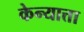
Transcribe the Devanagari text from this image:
केन्यात्ता